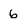
Character: 6